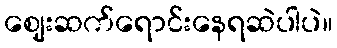
ဈေးဆက်ရောင်းနေရဆဲပါပဲ။